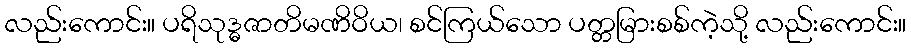
လည်းကောင်း။ ပရိသုဒ္ဓဇာတိမဏိဝိယ၊ စင်ကြယ်သော ပတ္တမြားစစ်ကဲ့သို့ လည်းကောင်း။